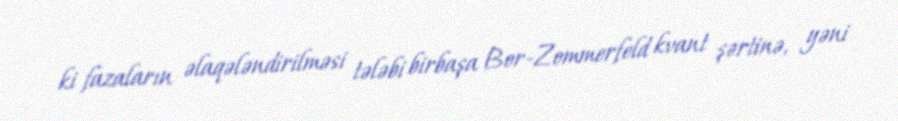
ki fazaların əlaqələndirilməsi tələbi birbaşa Bor-Zommerfeld kvant şərtinə, yəni